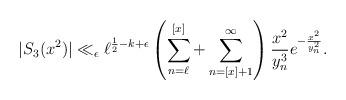
LaTeX: \begin{align*}|S_3(x^2)| \ll_{\epsilon} \ell^{\frac{1}{2}-k+\epsilon} \left( \sum_{n=\ell}^{ [ x] } + \sum_{n= [x]+1}^\infty \right) \frac{x^2}{y_n^3} e^{-\frac{x^2}{y_n^2}}.\end{align*}